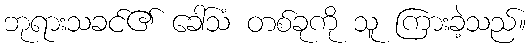
ဘုရားသခင်၏ ခေါ်သံ တစ်ခုကို သူ ကြားခဲ့သည်။